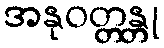
အနုဝတ္တန္တု